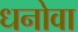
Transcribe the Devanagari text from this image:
धनोवा